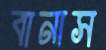
বানাস